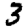
Digit: 3